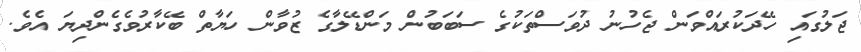
ޖަލުގައި ހޭދަކުރައްވަން ޖެހުނު ދުވަސްތަކުގެ ސަބަބުން މަންޑޭލާގެ ޒުވާން ހަޔާތް ބޭކާރުވެގެންދިޔަ އެވެ.